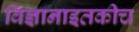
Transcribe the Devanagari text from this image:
विज्ञानाइतकीच